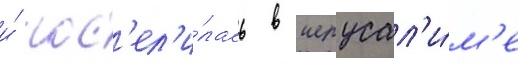
и́ пос'ел'и́лась в иерусал'и́м'е